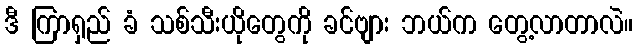
ဒီ ကြာရှည် ခံ သစ်သီးယိုတွေကို ခင်ဗျား ဘယ်က တွေ့လာတာလဲ။